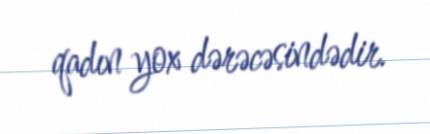
qadın yox dərəcəsindədir.